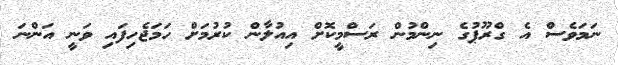
ނަމަވެސް އެ ގްރޫޕުގެ ނިންމުން ރަސްމީކޮށް އިއުލާން ކުރުމަށް ހަމަޖެހިފައި ވަނީ އަންނަ